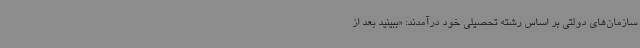
سازمان‌های دولتی بر اساس رشته تحصیلی خود درآمدند: «ببینید بعد از